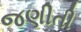
જણીતી